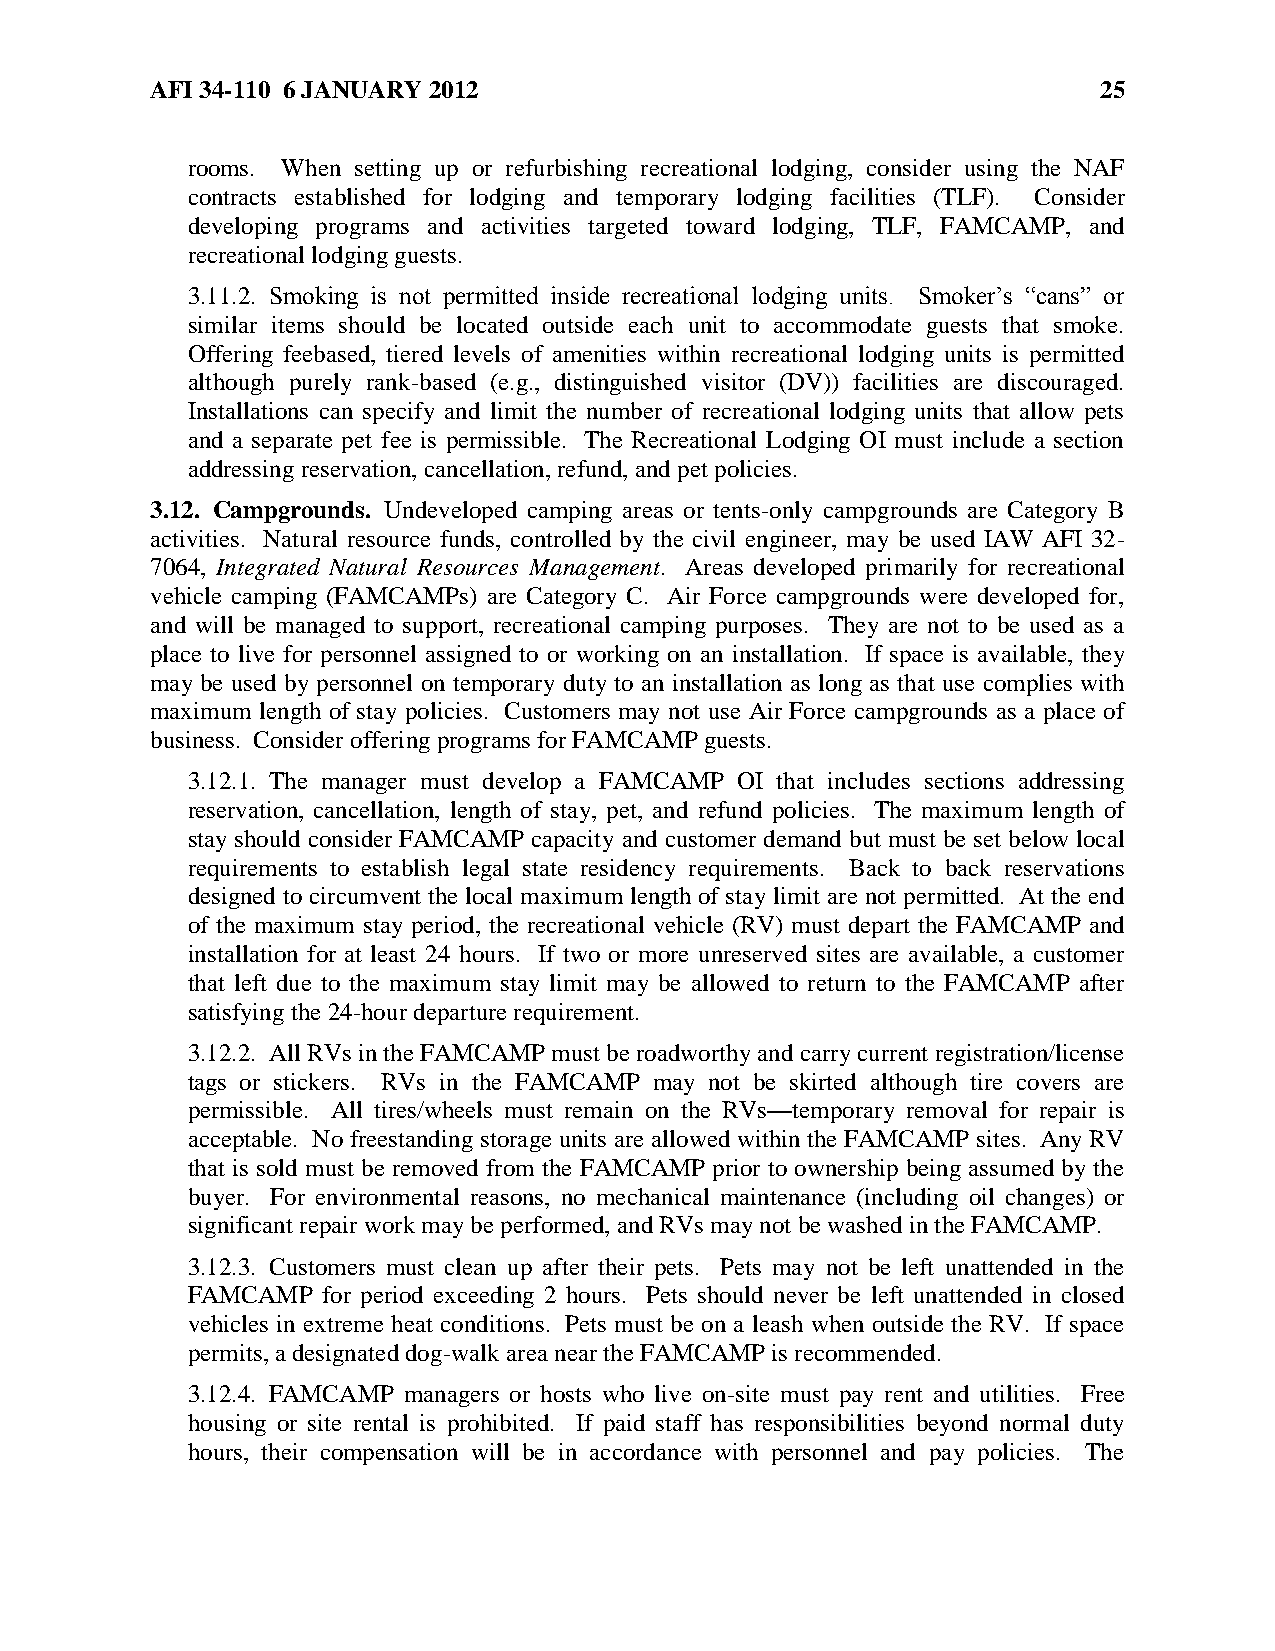
AFI 34-110 6 JANUARY 2012                                      25
 rooms. When setting up or refurbishing recreational lodging, consider using the NAF
 contracts established for lodging and temporary lodging facilities (TLF). Consider
 developing programs and activities targeted toward lodging, TLF, FAMCAMP, and
 recreational lodging guests.
 3.11.2. Smoking is not permitted inside recreational lodging units. Smoker’s ―cans‖ or
 similar items should be located outside each unit to accommodate guests that smoke.
 Offering feebased, tiered levels of amenities within recreational lodging units is permitted
 although purely rank-based (e.g., distinguished visitor (DV)) facilities are discouraged.
 Installations can specify and limit the number of recreational lodging units that allow pets
 and a separate pet fee is permissible. The Recreational Lodging OI must include a section
 addressing reservation, cancellation, refund, and pet policies.
 3.12. Campgrounds. Undeveloped camping areas or tents-only campgrounds are Category B
 activities. Natural resource funds, controlled by the civil engineer, may be used IAW AFI 32-
 7064, Integrated Natural Resources Management. Areas developed primarily for recreational
 vehicle camping (FAMCAMPs) are Category C. Air Force campgrounds were developed for,
 and will be managed to support, recreational camping purposes. They are not to be used as a
 place to live for personnel assigned to or working on an installation. If space is available, they
 may be used by personnel on temporary duty to an installation as long as that use complies with
 maximum length of stay policies. Customers may not use Air Force campgrounds as a place of
 business. Consider offering programs for FAMCAMP guests.
 3.12.1. The manager must develop a FAMCAMP OI that includes sections addressing
 reservation, cancellation, length of stay, pet, and refund policies. The maximum length of
 stay should consider FAMCAMP capacity and customer demand but must be set below local
 requirements to establish legal state residency requirements. Back to back reservations
 designed to circumvent the local maximum length of stay limit are not permitted. At the end
 of the maximum stay period, the recreational vehicle (RV) must depart the FAMCAMP and
 installation for at least 24 hours. If two or more unreserved sites are available, a customer
 that left due to the maximum stay limit may be allowed to return to the FAMCAMP after
 satisfying the 24-hour departure requirement.
 3.12.2. All RVs in the FAMCAMP must be roadworthy and carry current registration/license
 tags or stickers. RVs in the FAMCAMP may not be skirted although tire covers are
 permissible. All tires/wheels must remain on the RVs—temporary removal for repair is
 acceptable. No freestanding storage units are allowed within the FAMCAMP sites. Any RV
 that is sold must be removed from the FAMCAMP prior to ownership being assumed by the
 buyer. For environmental reasons, no mechanical maintenance (including oil changes) or
 significant repair work may be performed, and RVs may not be washed in the FAMCAMP.
 3.12.3. Customers must clean up after their pets. Pets may not be left unattended in the
 FAMCAMP  for period exceeding 2 hours. Pets should never be left unattended in closed
 vehicles in extreme heat conditions. Pets must be on a leash when outside the RV. If space
 permits, a designated dog-walk area near the FAMCAMP is recommended.
 3.12.4. FAMCAMP managers or hosts who live on-site must pay rent and utilities. Free
 housing or site rental is prohibited. If paid staff has responsibilities beyond normal duty
 hours, their compensation will be in accordance with personnel and pay policies. The